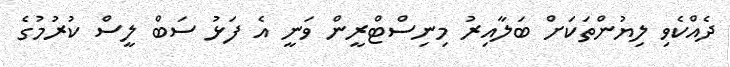
ދެއްކެވި ލިޔުންތަކަށް ބަލާއިރު މިނިސްޓްރީން ވަނީ އެ ފަޅު ސަބް ލީސް ކުރުމުގެ